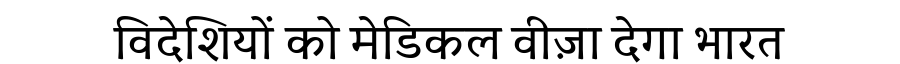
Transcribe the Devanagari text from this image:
विदेशियों को मेडिकल वीज़ा देगा भारत